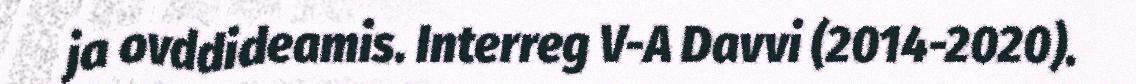
ja ovddideamis. Interreg V-A Davvi (2014-2020).